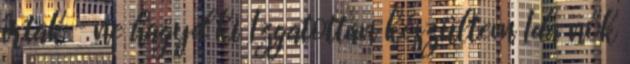
írtak – ne hagyd ki Izgatottan készültem Ida nők